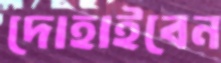
দোহাইবেন